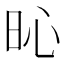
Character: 𣅵